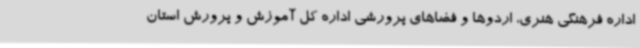
اداره فرهنگی هنری، اردوها و فضاهای پرورشی اداره کل آموزش و پرورش استان